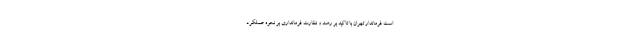
است فرماندار تهران با تاکید بر رصد و نظارت فرمانداری بر نحوه عملکرد